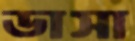
ডাসা